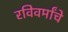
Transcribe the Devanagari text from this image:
रविवर्मांचे